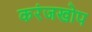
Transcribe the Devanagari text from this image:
करंजखोप